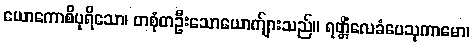
ယောကောစိပုရိသော၊ တစုံတဦးသောယောက်ျားသည်။ ရတ္တိံလေခံပေသုကာမော၊